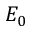
E _ { 0 }